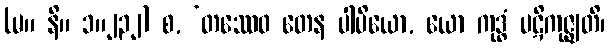
(မ။ နိ။ ၁။၂၃၂) စ, ‘တဿေဝ တေန ပါပိယော, ယော ကုဒ္ဓံ ပဋိကုဇ္ဈတိ၊